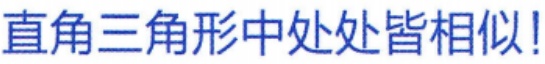
直角三角形中处处皆相似!